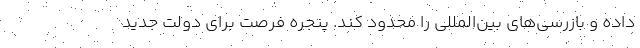
داده و بازرسی‌های بین‌المللی را محدود کند. پنجره فرصت برای دولت جدید